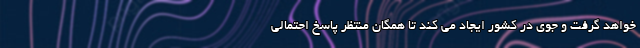
خواهد گرفت و جوی در کشور ایجاد می کند تا همگان منتظر پاسخ احتمالی